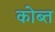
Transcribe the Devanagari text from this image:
कोब्त